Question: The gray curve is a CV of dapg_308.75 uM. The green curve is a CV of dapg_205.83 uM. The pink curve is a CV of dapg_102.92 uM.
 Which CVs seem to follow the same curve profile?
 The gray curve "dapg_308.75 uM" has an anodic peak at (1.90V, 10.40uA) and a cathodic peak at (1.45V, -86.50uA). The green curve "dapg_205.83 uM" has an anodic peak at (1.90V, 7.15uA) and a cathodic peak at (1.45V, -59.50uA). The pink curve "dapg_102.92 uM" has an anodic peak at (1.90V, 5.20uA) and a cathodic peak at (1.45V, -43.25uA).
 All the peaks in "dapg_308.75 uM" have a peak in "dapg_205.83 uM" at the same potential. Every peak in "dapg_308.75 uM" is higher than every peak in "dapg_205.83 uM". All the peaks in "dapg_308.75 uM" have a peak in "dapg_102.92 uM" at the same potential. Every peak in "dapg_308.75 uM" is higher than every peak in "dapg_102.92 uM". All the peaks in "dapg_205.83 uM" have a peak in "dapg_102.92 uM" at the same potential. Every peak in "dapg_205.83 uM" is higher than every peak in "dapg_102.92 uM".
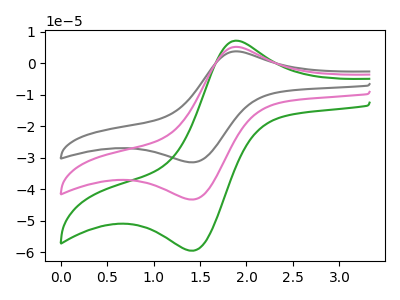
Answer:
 <answer>"dapg_205.83 uM", "dapg_308.75 uM" and "dapg_102.92 uM" have the same shape and are likely CV's of the same chemical.</answer>
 <eval>"dapg_205.83 uM" "dapg_308.75 uM" "dapg_102.92 uM"</eval>